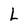
Character: L